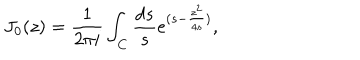
J _ { 0 } ( z ) = \frac { 1 } { 2 \pi i } \int _ { C } { \frac { d s } { s } } e ^ { ( s - { \frac { z ^ { 2 } } { 4 s } } ) } ,